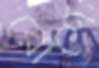
রোশে